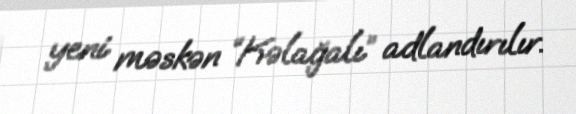
yeni məskən “Kəlağalı” adlandırılır.